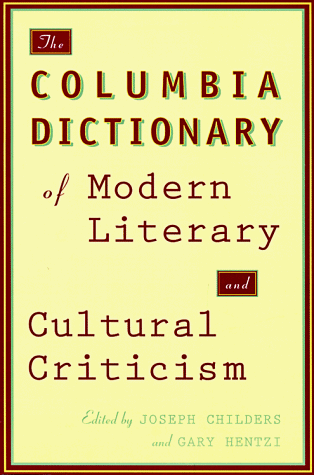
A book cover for The Columbia Dictionary of Modern Literary and Cultural Criticism; Reference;